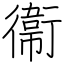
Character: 衞